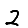
Digit: 2